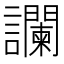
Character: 讕